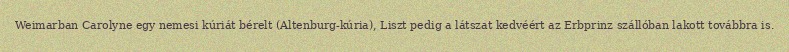
Weimarban Carolyne egy nemesi kúriát bérelt (Altenburg-kúria), Liszt pedig a látszat kedvéért az Erbprinz szállóban lakott továbbra is.